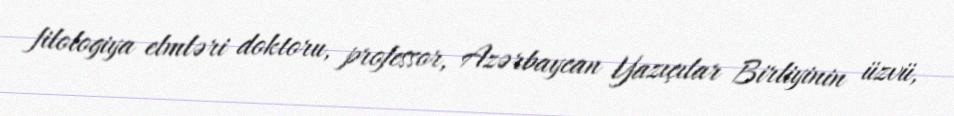
filologiya elmləri doktoru, professor, Azərbaycan Yazıçılar Birliyinin üzvü,